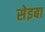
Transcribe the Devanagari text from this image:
सेइबा